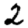
Digit: 2